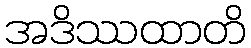
အဒိဿထာတိ